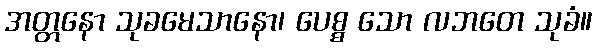
အတ္တနော သုခမေသာနော၊ ပေစ္စ သော လဘတေ သုခံ။